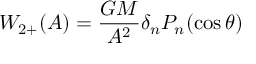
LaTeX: { \cal { W } } _ { 2 + } ( A ) = { \frac { G M } { A ^ { 2 } } } \delta _ { n } P _ { n } ( \cos \theta )